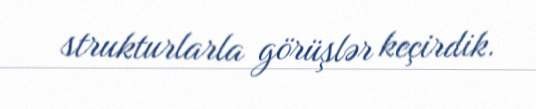
strukturlarla görüşlər keçirdik.